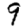
Digit: 9